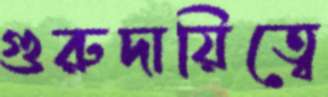
গুরুদায়িত্বে